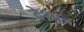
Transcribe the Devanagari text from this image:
देशाच